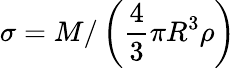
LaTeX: \sigma=M/\left(\frac{4}{3}\pi R^{3}\rho\right)